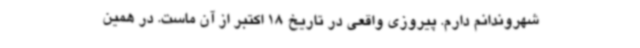
شهروندانم دارم. پیروزی واقعی در تاریخ 18 اکتبر از آن ماست. در همین